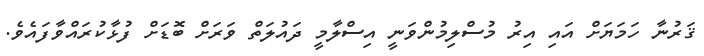
ޤަރުނާ ހަމަޔަށް އައި އިރު މުސްލިމުންވަނީ އިސްލާމީ ދައުލަތް ވަރަށް ބޮޑަށް ފުޅާކުރައްވާފައެވެ.